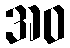
အဝ